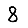
Digit: 8